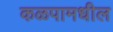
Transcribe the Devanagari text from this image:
कळपामधील